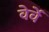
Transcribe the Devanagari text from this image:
वेर्वे